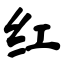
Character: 红